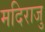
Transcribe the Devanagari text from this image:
मदिराजु